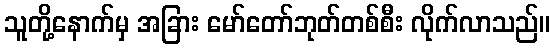
သူတို့နောက်မှ အခြား မော်တော်ဘုတ်တစ်စီး လိုက်လာသည်။